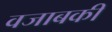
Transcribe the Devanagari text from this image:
वजाबकी